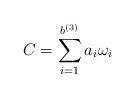
\begin{align*}C = \displaystyle \sum_{i =1}^{b^{(3)}} a_i \omega_i\end{align*}